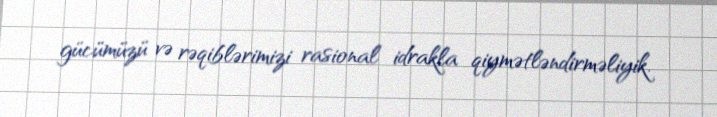
gücümüzü və rəqiblərimizi rasional idrakla qiymətləndirməliyik.